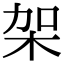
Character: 架